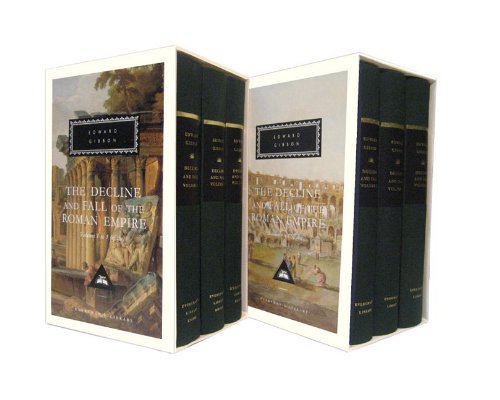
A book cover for The Decline and Fall of the Roman Empire, vol. 1-6 (Everyman's Library); Edward Gibbon; History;